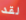
لقد